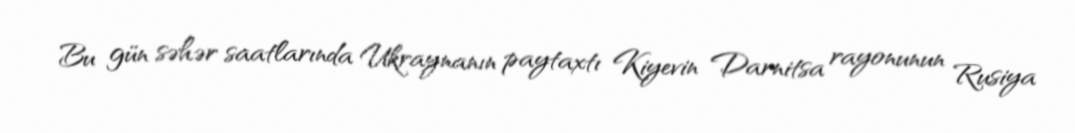
Bu gün səhər saatlarında Ukraynanın paytaxtı Kiyevin Darnitsa rayonunun Rusiya